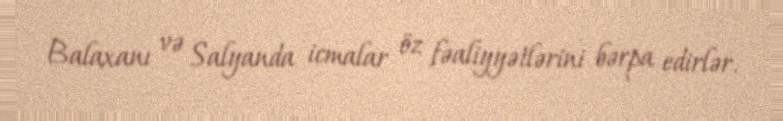
Balaxanı və Salyanda icmalar öz fəaliyyətlərini bərpa edirlər.